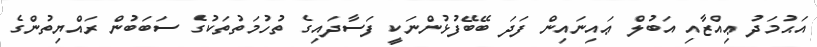
އަޙުމަދު ޢިއްޒާއި އަބުލް ޢައިނައިން ފަދަ ބޭބޭފުޅުންނަކީ ފަސާދައިގެ ތުހުމަތުތަކުގެ ސަބަބުން ރައްޔިތުންގެ